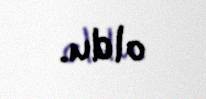
oldu.